Report on inoculation in the plague infected areas of the Punjab and its dependencies from October 1900 to September 1901
Year: 1900
Disease focus: Plague
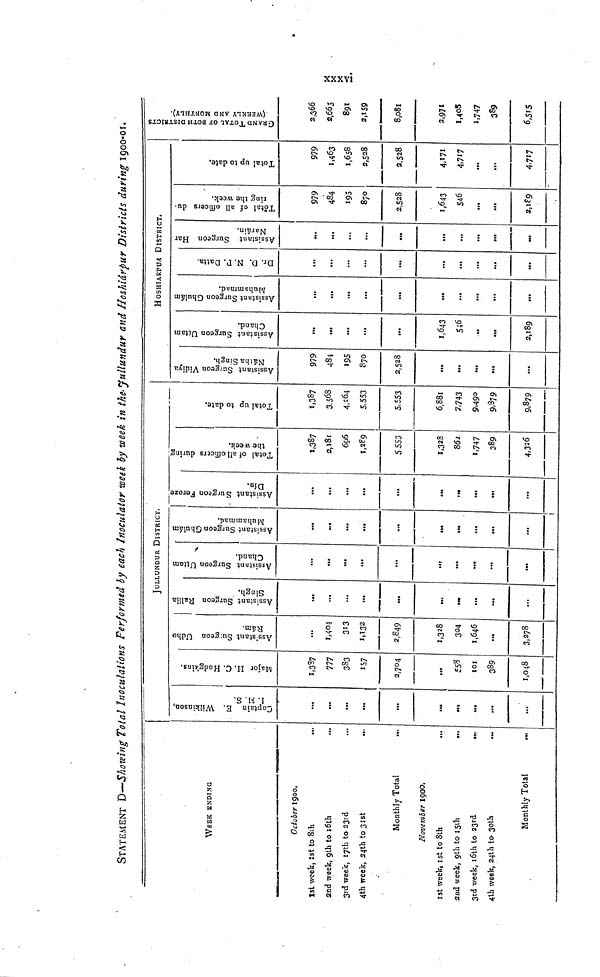
xxxvi
STATEMENT D—Showing Total Inoculations Performed by each Inoculator week by week in the Jullundur and Hoshiárpur Districts during 1900-01.
WEEK ENDING
October 1900,
1st week, 1st to 8th
...
2nd week, 9th to 16th
...
3rd week, 17th to 23rd
4th week, 24th to 31st
Monthly Total
November 1900.
1st week, 1st to 8th
2nd week, 9th to 15th
3rd week, 16th to 23rd
4th week, 24th to- 30th
Monthly Total
Captain E. Wilkinson,
I. M. S.
...
...
...
...
...
...
...
...
...
Major H. C. Hodgkins.
1,387
777
383
157
2,704
558
101
389
1,048
Ass'stant Surgeon Udho
Rána.
...
1,404
313
1,132
2,849
1,328
304
1,646
...
3,278
JULLUNDUR DISTRICT
Assistant Surgeon Rallia
Singh.
...
...
...
...
...
...
...
...
...
Assistant Surgeon Uttam
Chand.
...
...
...
...
...
...
...
...
...
Assistant Surgeon Ghulám
Muhammad.
...
...
...
...
...
...
...
...
...
Assistant Surgeon Feroze
Dín.
...
...
...
...
...
...
...
...
...
Total of all officers during
the week.
1,387
2,181
606
5 553
1,328
862
',747
389
4,326
Total up to date.
1,387
3.568
4,264
5,553
5,553
6,881
7,743
9,490
9,379
9,879
Assistant Surgeon Vidiya
Nátha Singh.
979
484
195
870
2,528
...
...
...
...
...
Assistant Surgeon Uttam
Chand.
...
».
...
...
...
1,643
546
...
2,189
HOSHIARPUR DISTRICT.
Assistant Surgeon Ghulám
Muhammad.
...
...
...
...
...
...
...
Dr. D. N. P. Datta.
...
...
...
,..
...
...
...
...
Assistant Surgeon Har
Naráin.
...
...
...
...
...
...
Total of all officers du-
ring the week.
979
484
195
870
2,528
1,643
546
Total up to date.
979
1,463
1,658
2,528
2,528
4,171
4,717
...
...
4,717
GRAND TOTAL OF BOTH DISTRICTS
(WEEKLY AND MONTHLY).
2,366
891
2,159
8,081
2,971
1,408
1,747
389
6,515